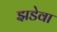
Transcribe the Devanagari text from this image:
झडेवा